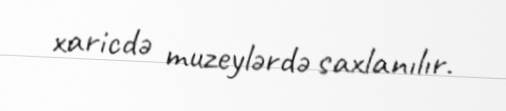
xaricdə muzeylərdə saxlanılır.